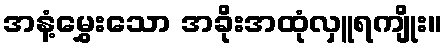
အနံ့မွှေးသော အခိုးအထုံလှူရကျိုး။